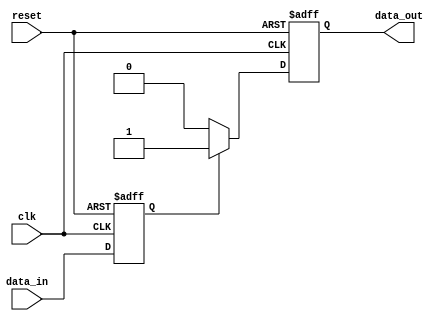
module event_control_example (
    input wire clk,         // Clock input
    input wire reset,       // Reset input
    input wire data_in,     // Input data signal
    output reg data_out     // Output data signal
);

// Internal state
reg internal_state;

// Always block sensitive to clock or reset
always @ (posedge clk or posedge reset) begin
    if (reset) begin
        // On reset, set internal state and output to default
        internal_state <= 1'b0;
        data_out <= 1'b0;
    end else begin
        // Update internal state based on input data
        internal_state <= data_in;

        // Example control flow: output based on internal state
        if (internal_state) begin
            data_out <= 1'b1; // Set output high if internal state is high
        end else begin
            data_out <= 1'b0; // Clear output otherwise
        end
    end
end

endmodule